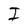
Character: I